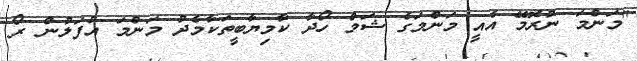
"މަންމަ ނުރޮމޭ އެއީ މަންމަގެ ޝަމް ހޯދާ ކާމިޔާބީތަކާމެދު މަންމަ އުފަލުން ރޯ